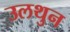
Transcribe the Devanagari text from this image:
उलथुन